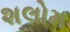
શલોમ